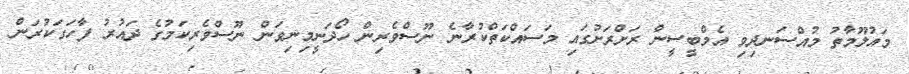
މައުލޫމާތު މުއްސަނދިވި އެމްބީސީން ރަށްރަށުގައި މަސައްކަތްކުރާނެ ނޫސްވެރިން ހޯދަނީމިނިވަން ނޫސްވެރިކަމުގެ ދައުރު ފާހަގަކުރަން